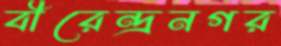
বীরেন্দ্রনগর